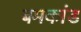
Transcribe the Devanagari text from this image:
बमकांड